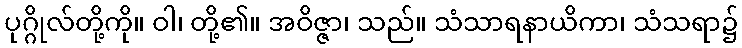
ပုဂ္ဂိုလ်တို့ကို။ ဝါ၊ တို့၏။ အဝိဇ္ဇာ၊ သည်။ သံသာရနာယိကာ၊ သံသရာ၌